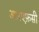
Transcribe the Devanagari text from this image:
आरएफ़सी